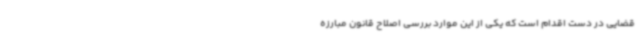
قضایی در دست اقدام است که یکی از این موارد بررسی اصلاح قانون مبارزه